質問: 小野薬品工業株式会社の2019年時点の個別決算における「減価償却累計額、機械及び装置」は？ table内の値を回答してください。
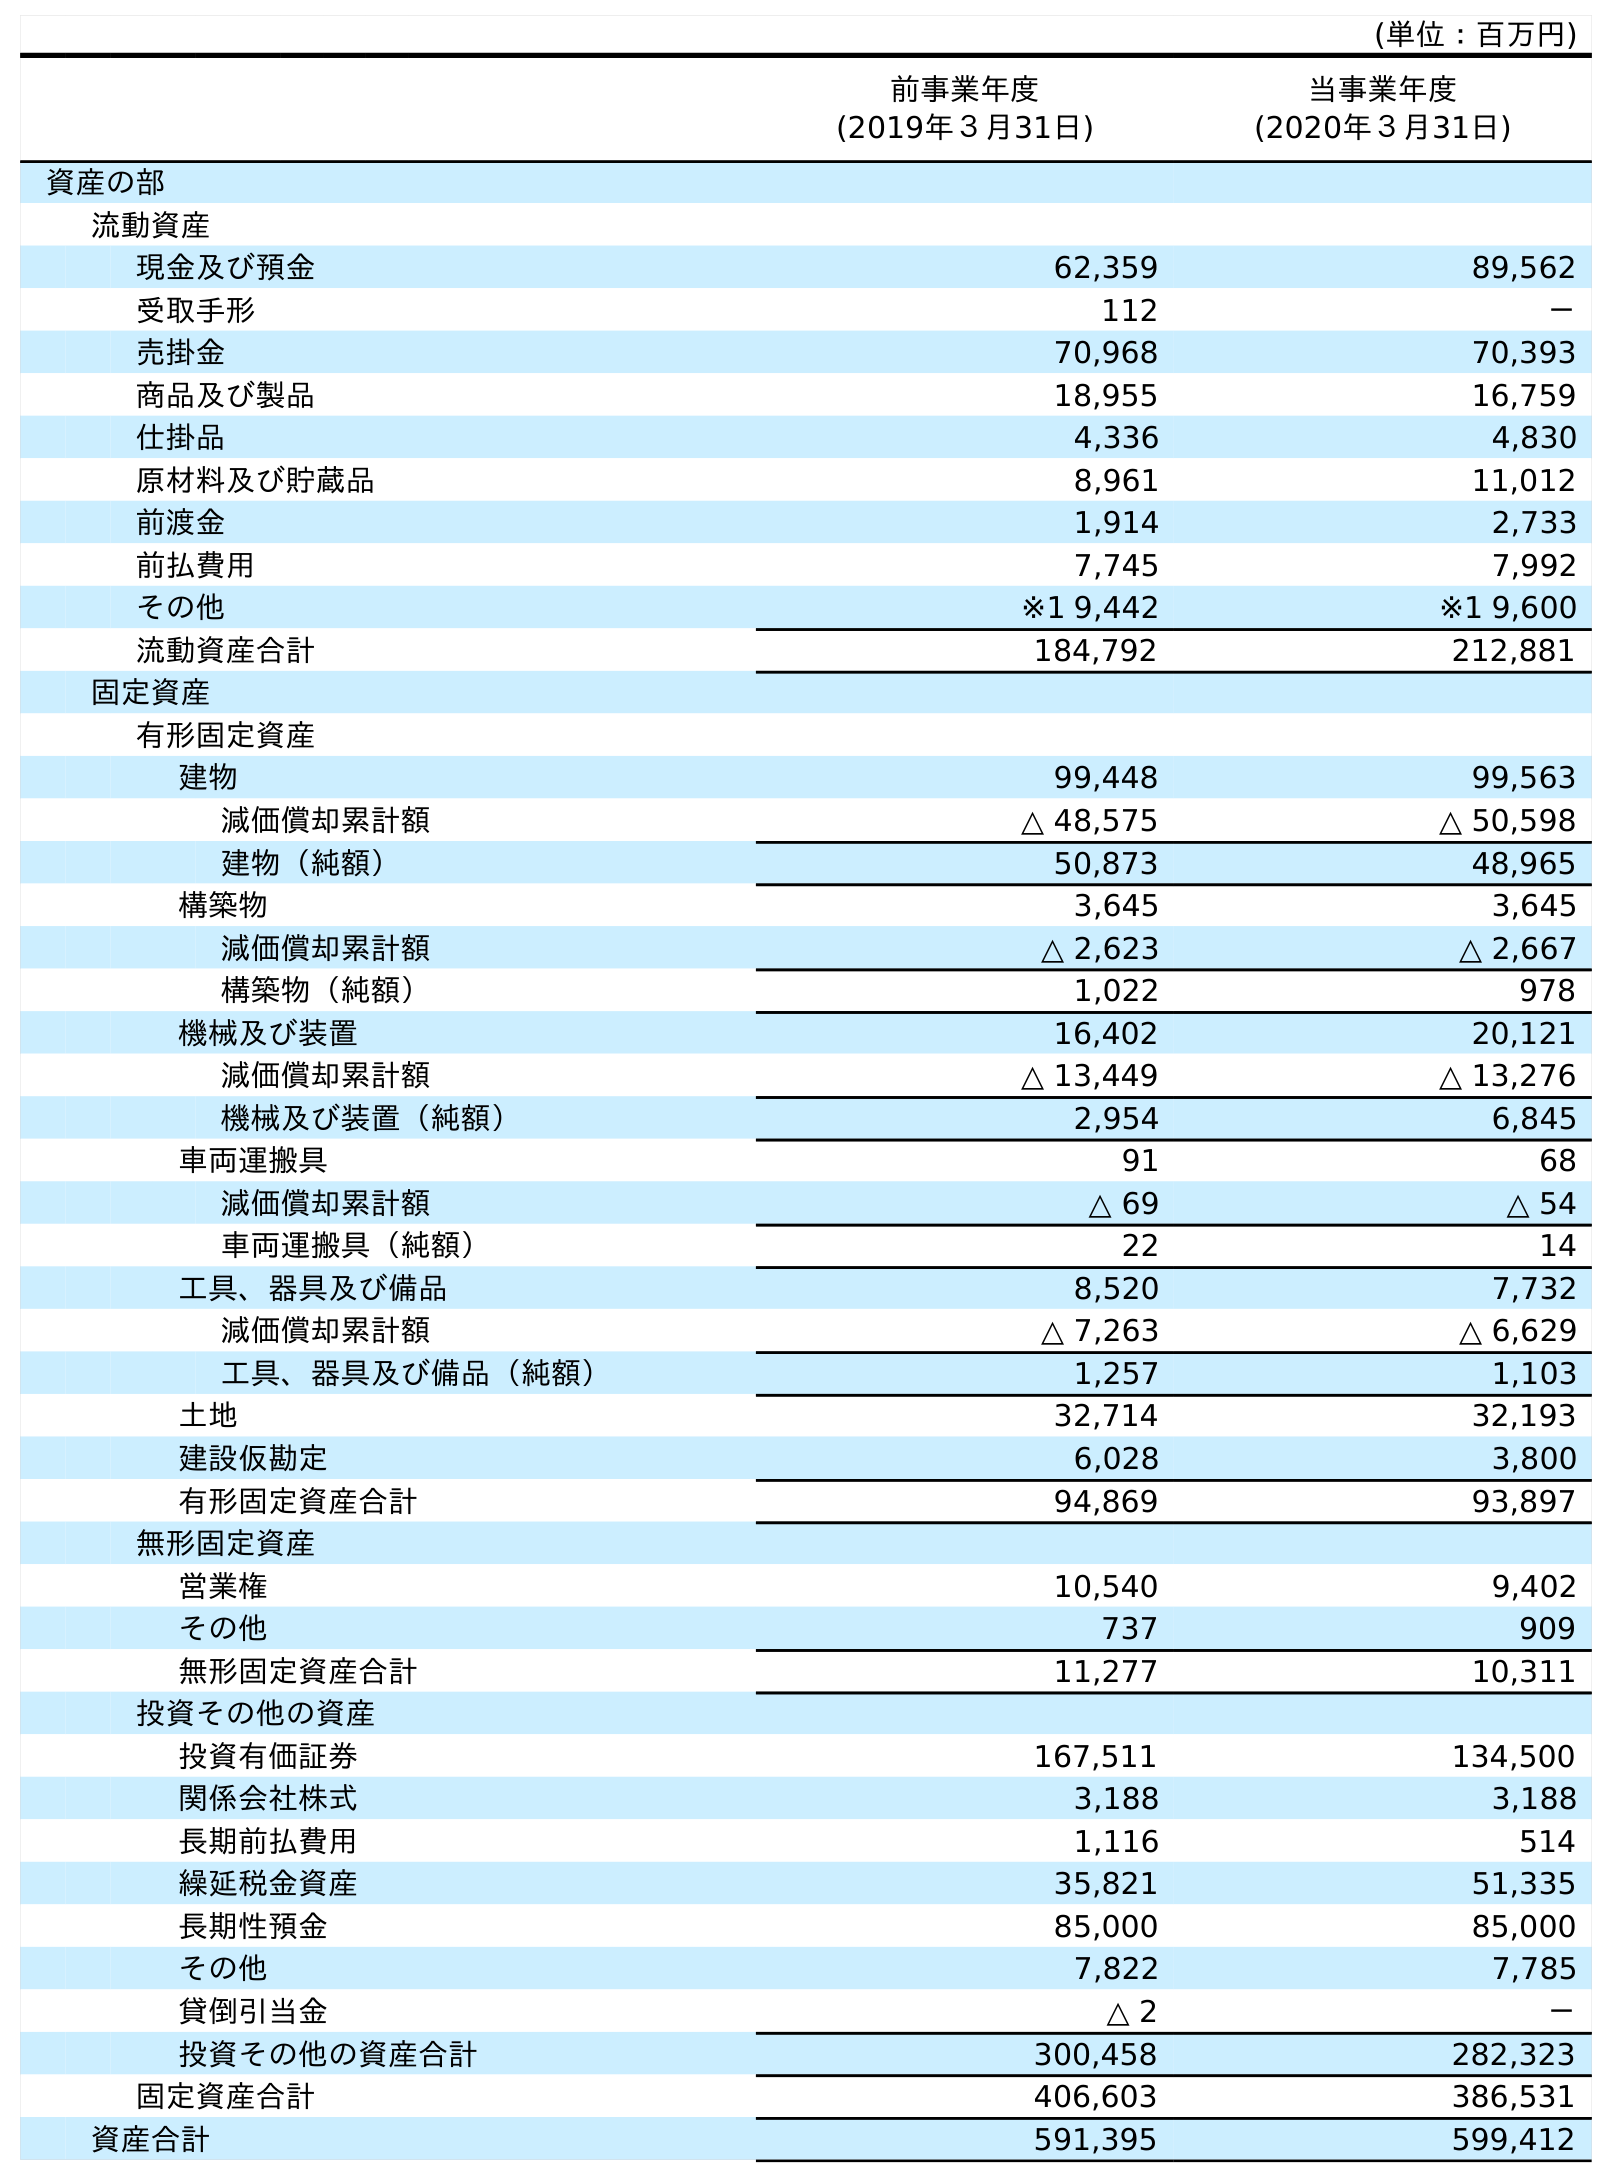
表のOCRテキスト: (単位：百万円) 前事業年度 (2019年３月31日) 当事業年度 (2020年３月31日) 資産の部 流動資産 現金及び預金 62,359 89,562 受取手形 112 － 売掛金 70,968 70,393 商品及び製品 18,955 16,759 仕掛品 4,336 4,830 原材料及び貯蔵品 8,961 11,012 前渡金 1,914 2,733 前払費用 7,745 7,992 その他 ※1 9,442 ※1 9,600 流動資産合計 184,792 212,881 固定資産 有形固定資産 建物 99,448 99,563 減価償却累計額 △ 48,575 △ 50,598 建物（純額） 50,873 48,965 構築物 3,645 3,645 減価償却累計額 △ 2,623 △ 2,667 構築物（純額） 1,022 978 機械及び装置 16,402 20,121 減価償却累計額 △ 13,449 △ 13,276 機械及び装置（純額） 2,954 6,845 車両運搬具 91 68 減価償却累計額 △ 69 △ 54 車両運搬具（純額） 22 14 工具、器具及び備品 8,520 7,732 減価償却累計額 △ 7,263 △ 6,629 工具、器具及び備品（純額） 1,257 1,103 土地 32,714 32,193 建設仮勘定 6,028 3,800 有形固定資産合計 94,869 93,897 無形固定資産 営業権 10,540 9,402 その他 737 909 無形固定資産合計 11,277 10,311 投資その他の資産 投資有価証券 167,511 134,500 関係会社株式 3,188 3,188 長期前払費用 1,116 514 繰延税金資産 35,821 51,335 長期性預金 85,000 85,000 その他 7,822 7,785 貸倒引当金 △ 2 － 投資その他の資産合計 300,458 282,323 固定資産合計 406,603 386,531 資産合計 591,395 599,412
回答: △13,449